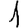
Digit: 1